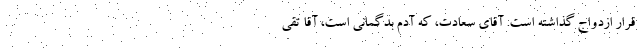
قرار ازدواج گذاشته است. آقای سعادت، که آدم بدگمانی است،‌ آقا تقی